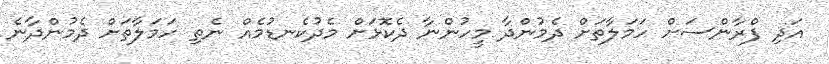
އަދި ފްރާންސަށް ހަމަލާތަށް ދެމުންދާ މީހުންނާ ދެކޮޅަށް މެދުކެނޑުމެއް ނެތި ހަމަލާތަށް ދެމުންދާނެ